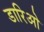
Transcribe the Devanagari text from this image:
डारिओ